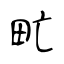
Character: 甿